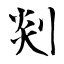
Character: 剡